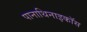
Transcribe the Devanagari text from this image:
पानाथिनाइकॉस